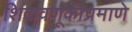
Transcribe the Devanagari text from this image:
शिकवणूकीप्रमाणे